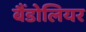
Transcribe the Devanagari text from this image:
बैंडोलियर